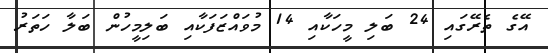
އޭގެ ތެރޭގައި 24 ބަލި މީހަކާއި 14 މުވައްޒަފަކާއި ބަލިމީހުން ބަލާ ހަތަރު